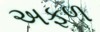
અફળ